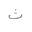
Letter: _tha